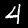
Label: 4